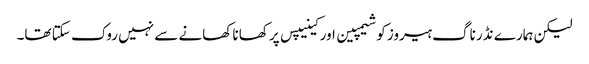
لیکن ہمارے نڈر ناگ ہیروز کو شیمپین اور کینیپس پر کھانا کھانے سے نہیں روک سکتا تھا۔